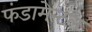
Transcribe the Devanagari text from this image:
फंडामेन्टल